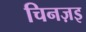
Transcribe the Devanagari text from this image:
चिनज़इ